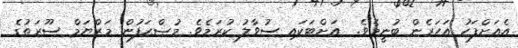
އެއަށްފަހު އަހަރެން ބުނީމެވެ.  އަށްޓަކައި ސުވާލު ކުރަމެވެ. މުޞްޙަފުން މަރްޔަމް ސޫރަތުގެ